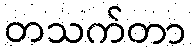
တသက်တာ